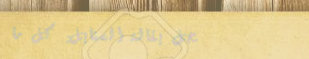
محل بقالة السنابل: كل ما